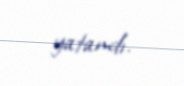
yatandı.